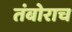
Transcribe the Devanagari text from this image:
तंबोराच